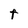
Character: t